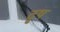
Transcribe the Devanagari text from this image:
दृष